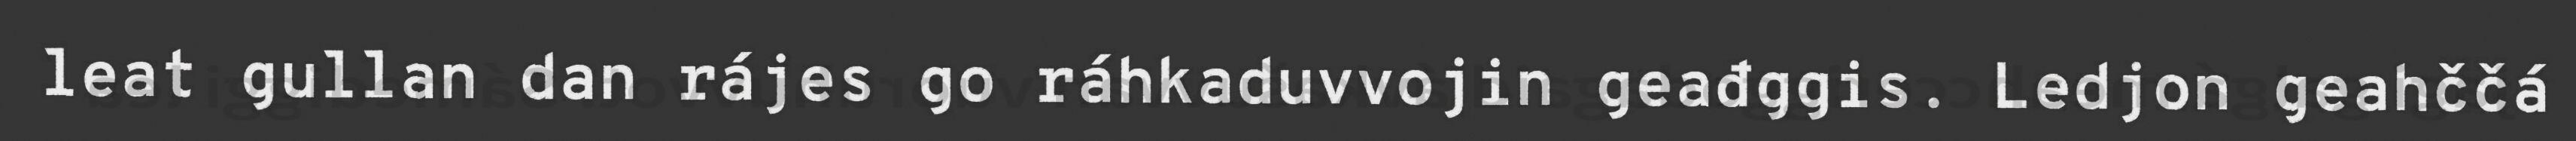
leat gullan dan rájes go ráhkaduvvojin geađggis. Ledjon geahččá